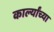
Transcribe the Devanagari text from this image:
कार्ल्यांच्या